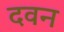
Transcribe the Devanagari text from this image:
दवन